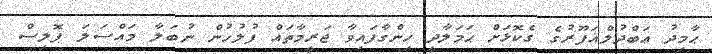
ޙާމިދު ޢަބްދުލްޣަފޫރުގެ ގެކޮޅަށް ޙަމަލާދީ ހިންގާފައިވާ ޖަރީމާތައް ފުލުހުން ނުބަލާ މައްސަލަ ޕޮލިސް